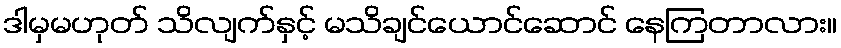
ဒါမှမဟုတ် သိလျက်နှင့် မသိချင်ယောင်ဆောင် နေကြတာလား။